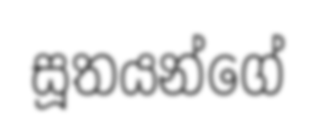
සූතයන්ගේ